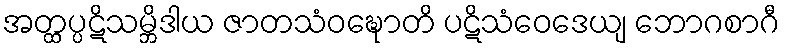
အတ္ထပ္ပဋိသမ္ဘိဒါယ ဇာတသံဝဍ္ဎောတိ ပဋိသံဝေဒေယျ ဘောဂစာဂီ